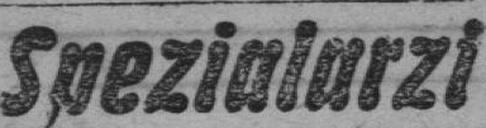
Spezialarzi